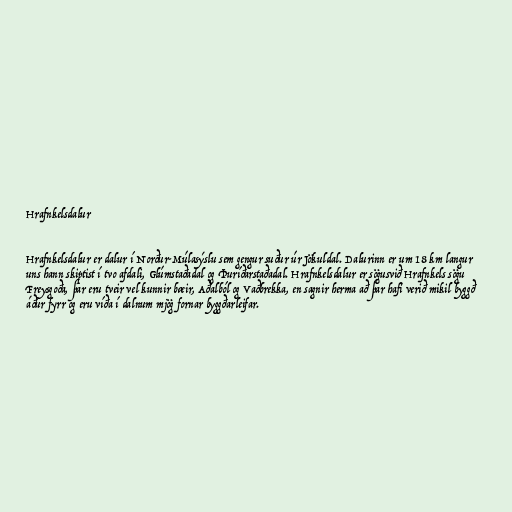
Hrafnkelsdalur

Hrafnkelsdalur er dalur í Norður-Múlasýslu sem gengur suður úr Jökuldal. Dalurinn er um 18 km langur
uns hann skiptist í tvo afdali, Glúmstaðadal og Þuríðarstaðadal. Hrafnkelsdalur er sögusvið Hrafnkels sögu
Freysgoða, þar eru tveir vel kunnir bæir, Aðalból og Vaðbrekka, en sagnir herma að þar hafi verið mikil byggð
áður fyrr og eru víða í dalnum mjög fornar byggðarleifar.